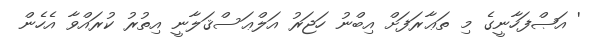
' އަޞްފަހާނީގެ މި ތަޢާރަފަށް އިބްނު ހަޖަރު އަލްޢަސްޤަލާނީ އިތުރު ކުރައްވާ އެހެން